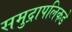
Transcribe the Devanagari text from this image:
समुद्रापलिकडे